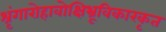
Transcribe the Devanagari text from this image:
श्रृंगारोहावोक्षिभ्रूविकारकृत